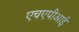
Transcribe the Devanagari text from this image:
एचएपीआई